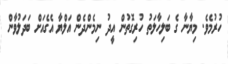
ހުރުމެވެ. މިޔާނާ ގެ ބަލިހާލަތު ހުރިގޮތުން އީދު ނިމެންދެން އަލްޔާ އެގެއަށް ބަދަލުވާން